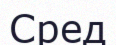
Сред